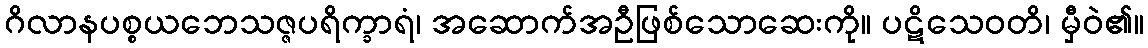
ဂိလာနပစ္စယဘေသဇ္ဇပရိက္ခာရံ၊ အဆောက်အဦဖြစ်သောဆေးကို။ ပဋိသေဝတိ၊ မှီဝဲ၏။